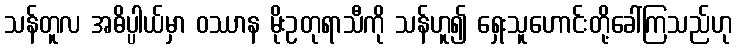
သန်တူလ အဓိပ္ပါယ်မှာ ဝဿာန မိုးဥတုရာသီကို သန်ဟူ၍ ရှေးသူဟောင်းတို့ခေါ်ကြသည်ဟု